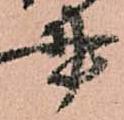
書